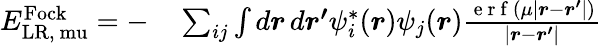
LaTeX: \begin{array}{rl}{E_{\mathrm{{LR},\ mu}}^{\mathrm{Fock}}=-}&{{}\sum_{ij}\int d\boldsymbol{r}\, d\boldsymbol{r^{\prime}}\psi_{i}^{*}(\boldsymbol{r})\psi_{j}(\boldsymbol{r})\frac{\mathrm{~e~r~f~}(\mu\left|\boldsymbol{r}-\boldsymbol{r^{\prime}}\right|)}{\left|\boldsymbol{r}-\boldsymbol{r^{\prime}}\right|}}\end{array}